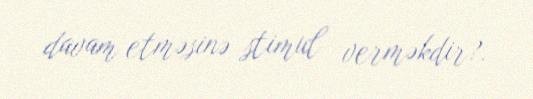
davam etməsinə stimul verməkdir?.